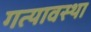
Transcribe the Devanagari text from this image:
गत्यावस्था